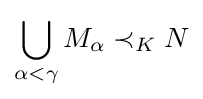
\bigcup _{\alpha <\gamma }M_{\alpha }\prec _{K}N